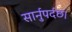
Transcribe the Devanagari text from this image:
सार्नुपर्दछ।